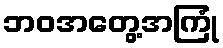
ဘဝအတွေ့အကြုံ